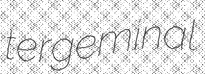
tergeminal